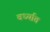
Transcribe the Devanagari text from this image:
वर्ध्यात